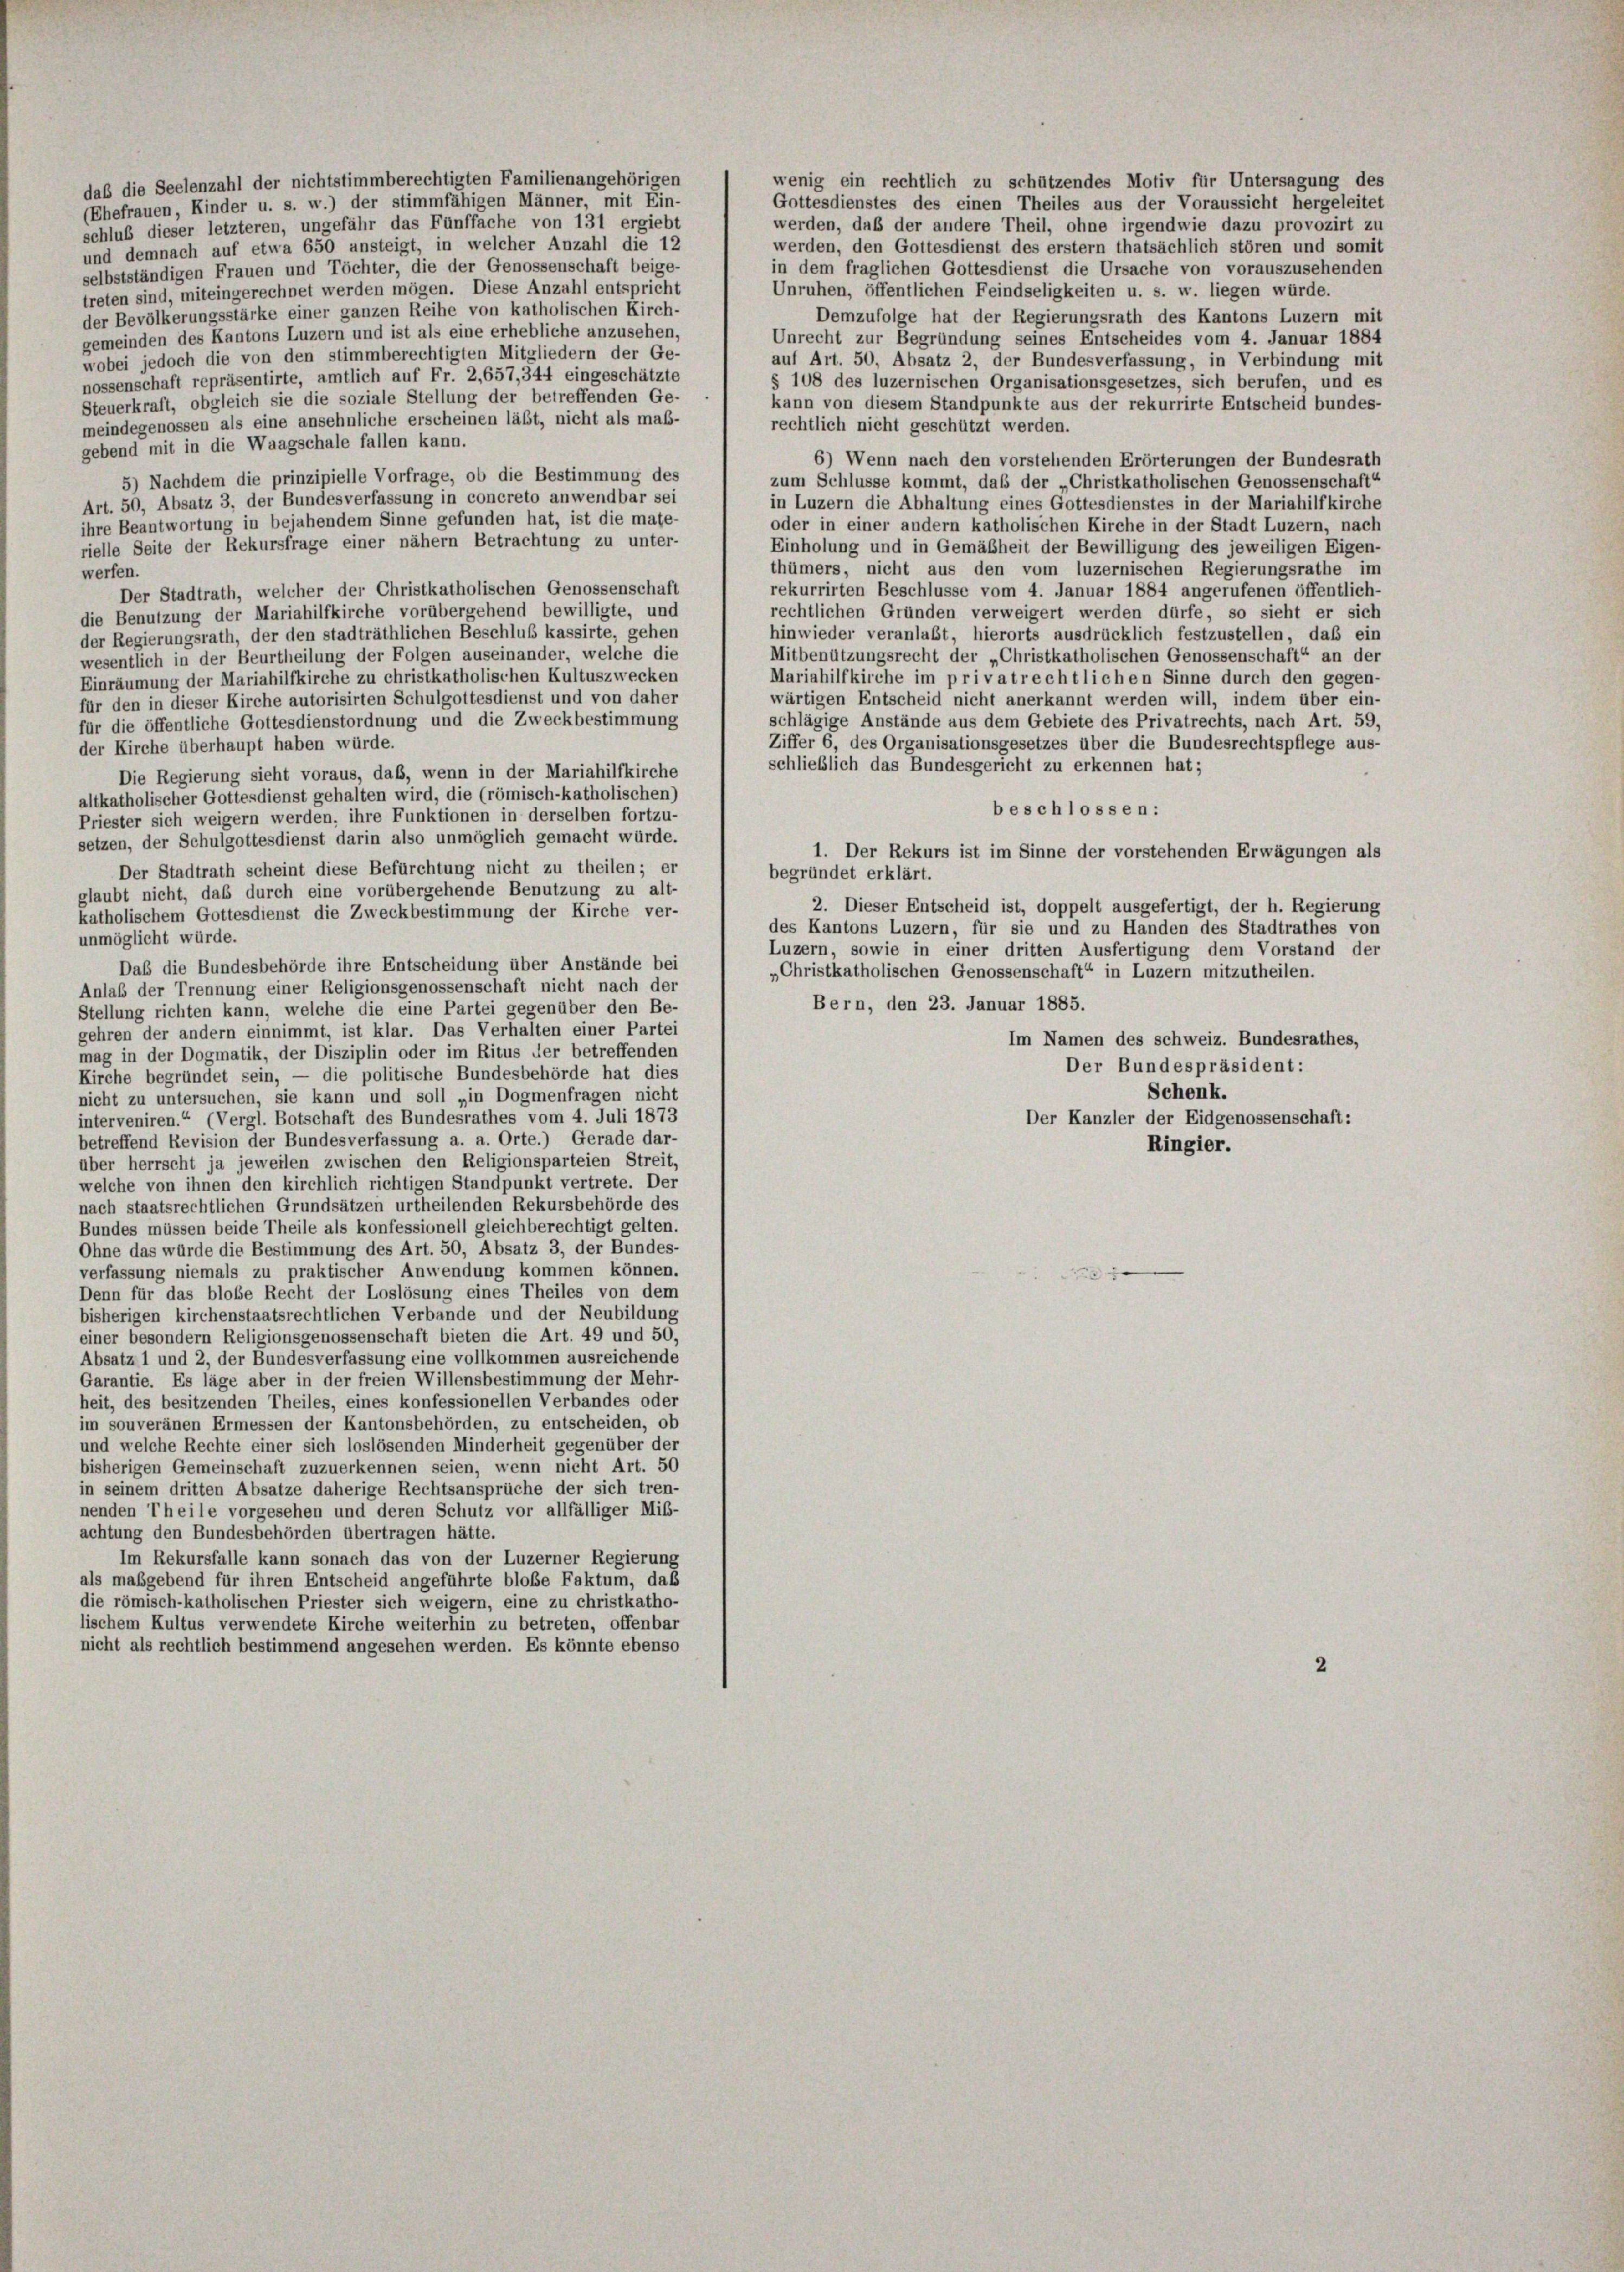
daß die Seelenzahl der nichtstimmberechtigten Familienangehörigen
(Ehefrauen, Kinder u. s. w.) der stimmfähigen Männer, mit Ein-
schluß dieser letzteren, ungefähr das Fünffache von 131 ergiebt
und demnach auf etwa 650 ansteigt, in welcher Anzahl die 12
selbstständigen Frauen und Töchter, die der Genossenschaft beige-
treten sind, miteingerechnet werden mögen. Diese Anzahl entspricht
der Bevölkerungsstärke einer ganzen Reihe von katholischen Kirch-
gemeinden des Kantons Luzern und ist als eine erhebliche anzusehen.
wobei jedoch die von den stimmberechtigten Mitgliedern der Ge-
nossenschaft repräsentirte, amtlich auf Fr. 2,657,344 eingeschätzte
Steuerkraft, obgleich sie die soziale Stellung der betreffenden Ge-
meindegenossen als eine ansehnliche erscheinen lässt, nicht als maß-
gebend mit in die Waagschale fallen kann.
5) Nachdem die prinzipielle Vorfrage, ob die Bestimmung des

wenig ein rechtlich zu schützendes Motiv für Untersagung des
Gottesdienstes des einen Theiles aus der Voraussicht hergeleitet
werden, daß der andere Theil, ohne irgendwie dazu provozirt zu
werden, den Gottesdienst des erstem thatsächlich stören und somit
in dem fraglichen Gottesdienst die Ursache von vorauszusehenden
Unruhen, öffentlichen Feindseligkeiten u. s. w. liegen würde.
Demzufolge hat der Regierungsrath des Kantons Luzern mit
Unrecht zur Begründung seines Entscheides vom 4. Januar 1884
auf Art. 50, Absatz 2, der Bundesverfassung, in Verbindung mit
§ 108 des luzernischen Organisationsgesetzes, sich berufen, und es
kann von diesem Standpunkte aus der rekurrirte Entscheid bundes-
rechtlich nicht geschützt werden.
6) Wenn nach den vorstehenden Erörterungen der Bundesrath
zum Schlüsse kommt, das der „Christkatholischen Genossenschaft“
Art. 50, Absatz 3, der Bundesverfassung in concreto anwendbar sei
in Luzern die Abhaltung eines Gottesdienstes in der Mariahilfkirche
ihre Beantwortung in bejahendem Sinne gefunden hat, ist die mate-
oder in einer andern katholischen Kirche in der Stadt Luzern, nach
rielle Seite der Rekursfrage einer nähern Betrachtung zu unter-
Einholung und in Gemäßheit der Bewilligung des jeweiligen Eigen-
thümers, nicht aus den vom luzernischen Regierungsrathe im
werfen.
rekurrirten Beschlusse vom 4. Januar 1884 angerufenen öffentlich-
Der Stadtrath, welcher der Christkatholischen Genossenschaft
rechtlichen Gründen verweigert werden dürfe, so sieht er sich
die Benutzung der Mariahilfkirche vorübergehend bewilligte, und
hinwieder veranlaßt, hierorts ausdrücklich festzustellen, daß ein
der Regierungsrath, der den stadträthlichen Beschluß kassirte, gehen
Mitbenützungsrecht der „Christkatholischen Genossenschaft“ an der
wesentlich in der Beurtheilung der Folgen auseinander, welche die
Mariahilfkirche im privatrechtlichen Sinne durch den gegen-
Einräumung der Mariahilfkirche zu christkatholischen Kultuszwecken
wärtigen Entscheid nicht anerkannt werden will, indem über ein-
für den in dieser Kirche autorisirten Schulgottesdienst und von daher
schlägige Anstände aus dem Gebiete des Privatrechts, nach Art. 59,
für die öffentliche Gottesdienstordnung und die Zweckbestimmung
Ziffer 6, des Organisationsgesetzes über die Bundesrechtspflege aus-
der Kirche überhaupt haben würde.
schließlich das Bundesgericht zu erkennen hat;
Die Regierung sieht voraus, daß, wenn in der Mariahilfkirche
altkatholischer Gottesdienst gehalten wird, die (römisch-katholischen)
beschlossen:
Priester sich weigern werden, ihre Funktionen in derselben fortzu-
setzen, der Schulgottesdienst darin also unmöglich gemacht würde.
1. Der Rekurs ist im Sinne der vorstehenden Erwägungen als
Der Stadtrath scheint diese Befürchtung nicht zu theilen; er
begründet erklärt.
glaubt nicht, das durch eine vorübergehende Benutzung zu alt-
2. Dieser Entscheid ist, doppelt ausgefertigt, der h. Regierung
katholischem Gottesdienst die Zweckbestimmung der Kirche ver-
des Kantons Luzern, für sie und zu Handen des Stadtrathes von
unmöglicht würde.
Luzern, sowie in einer dritten Ausfertigung dem Vorstand der
Daß die Bundesbehörde ihre Entscheidung über Anstände bei
„Christkatholischen Genossenschaft“ in Luzern mitzutheilen.
Anlaß der Trennung einer Religionsgenossenschaft nicht nach der
Bern, den 23. Januar 1885.
Stellung richten kann, welche die eine Partei gegenüber den Be-
gehren der andern einnimmt, ist klar. Das Verhalten einer Partei
Im Namen des schweiz. Bundesrathes,
mag in der Dogmatik, der Disziplin oder im Ritus der betreffenden
Der Bundespräsident:
Kirche begründet sein, — die politische Bundesbehörde hat dies
Schenk.
nicht zu untersuchen, sie kann und soll „in Dogmenfragen nicht
interveniren.“ (Vergl. Botschaft des Bundesrathes vom 4. Juli 1873
Der Kanzler der Eidgenossenschaft:
betreffend Revision der Bundesverfassung a. a. Orte.) Gerade dar-
Ringier.
über herrscht ja jeweilen zwischen den Religionsparteien Streit,
welche von ihnen den kirchlich richtigen Standpunkt vertrete. Der
nach staatsrechtlichen Grundsätzen urtheilenden Rekursbehörde des
Bundes müssen beide Theile als konfessionell gleichberechtigt gelten.
Ohne das würde die Bestimmung des Art. 50, Absatz 3, der Bundes-
verfassung niemals zu praktischer Anwendung kommen können.
x
Denn für das bloße Recht der Loslösung eines Theiles von dem
bisherigen kirchenstaatsrechtlichen Verbande und der Neubildung
einer besondern Religionsgenossenschaft bieten die Art. 49 und 50,
Absatz 1 und 2, der Bundesverfassung eine vollkommen ausreichende
Garantie. Es läge aber in der freien Willensbestimmung der Mehr-
heit, des besitzenden Theiles, eines konfessionellen Verbandes oder
im souveränen Ermessen der Kantonsbehörden, zu entscheiden, ob
und welche Rechte einer sich loslösenden Minderheit gegenüber der
bisherigen Gemeinschaft zuzuerkennen seien, wenn nicht Art. 50
in seinem dritten Absatze daherige Rechtsansprüche der sich tren-
nenden Theile vorgesehen und deren Schutz vor allfälliger Miß-
achtung den Bundesbehörden übertragen hätte.
Im Rekursfalle kann sonach das von der Luzerner Regierung
als maßgebend für ihren Entscheid angeführte bloße Faktum, daß
die römisch-katholischen Priester sich weigern, eine zu christkatho-
lischem Kultus verwendete Kirche weiterhin zu betreten, offenbar
nicht als rechtlich bestimmend angesehen werden. Es könnte ebenso